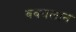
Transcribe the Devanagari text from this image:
बबयलान